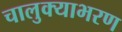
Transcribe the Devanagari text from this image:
चालुक्याभरण